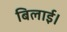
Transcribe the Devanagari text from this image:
बिलाई।